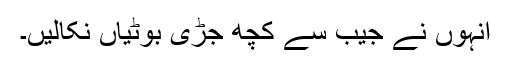
انہوں نے جیب سے کچھ جڑی بوٹیاں نکالیں۔